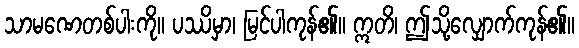
သာမဏေတစ်ပါးကို။ ပဿိမှာ၊ မြင်ပါကုန်၏။ ဣတိ၊ ဤသို့လျှောက်ကုန်၏။